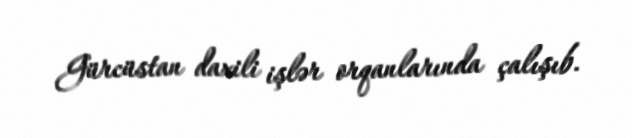
Gürcüstan daxili işlər orqanlarında çalışıb.